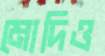
মোদিও